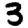
Digit: 3